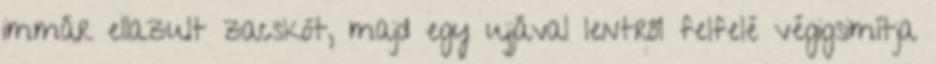
immár ellazult zacskót, majd egy ujjával lentről felfelé végigsimítja